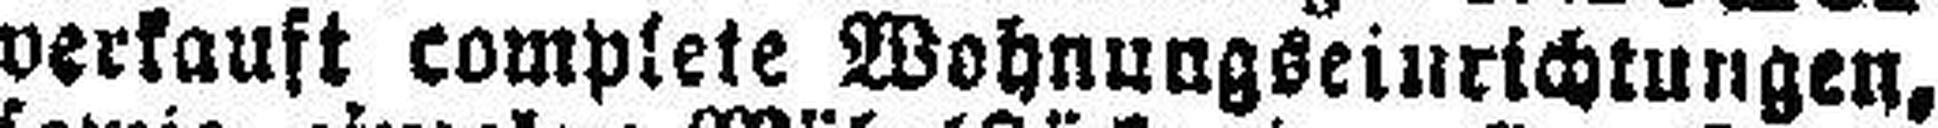
verkauft comptete Wohnungseinrichtungen,